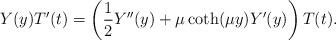
LaTeX: \begin{align*}Y(y) T'(t) = \left(\frac{1}{2} Y''(y) + \mu \coth(\mu y) Y'(y)\right) T(t).\end{align*}